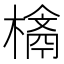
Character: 𣛉